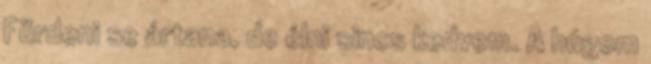
Fürdeni se ártana, de élni sincs kedvem. A húgom